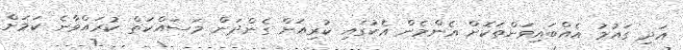
އަދި ގައުމު އެއްބައިވަންތަކޮށް އެންމެން އެކުގައި ކުރިއަށް ގެންދަން މަސައްކަތް ކުރައްވާނެ ކަމަށް